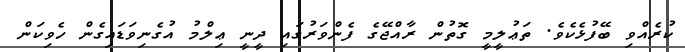
ކުރެއްވި ބޭފުޅެކެވެ. ތަޢުލީމީ ގޮތުން ރާއްޖޭގެ ފެންވަރުގައި ދީނީ ޢިލްމު އުގެނިވަޑައިގެން ހެވިކަން